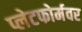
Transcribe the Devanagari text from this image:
प्लेटफोर्मवर